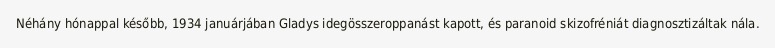
Néhány hónappal később, 1934 januárjában Gladys idegösszeroppanást kapott, és paranoid skizofréniát diagnosztizáltak nála.